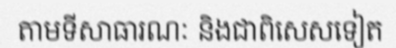
តាមទីសាធារណៈ និងជាពិសេសទៀត